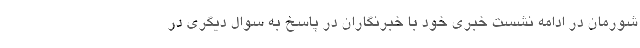
شورمان در ادامه نشست خبری خود با خبرنگاران در پاسخ به سوال دیگری در